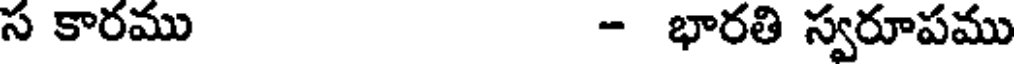
స కారము - భారతి స్వరూపము